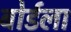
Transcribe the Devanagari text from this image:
बोर्डला